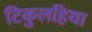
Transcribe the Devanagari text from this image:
टिकुलहिया